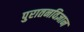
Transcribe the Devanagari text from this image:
पुरातनविज्ञान